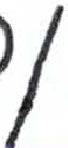
אות: ן